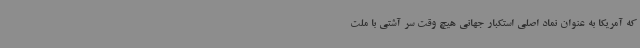
که آمریکا به عنوان نماد اصلی استکبار جهانی هیچ وقت سر آشتی با ملت